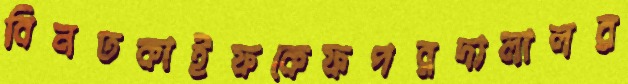
বিনতকাইফকেফপরদালালর